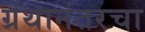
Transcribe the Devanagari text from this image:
ग्रंथानंतरचा